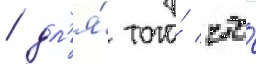
/ дл'я́ того́ что́